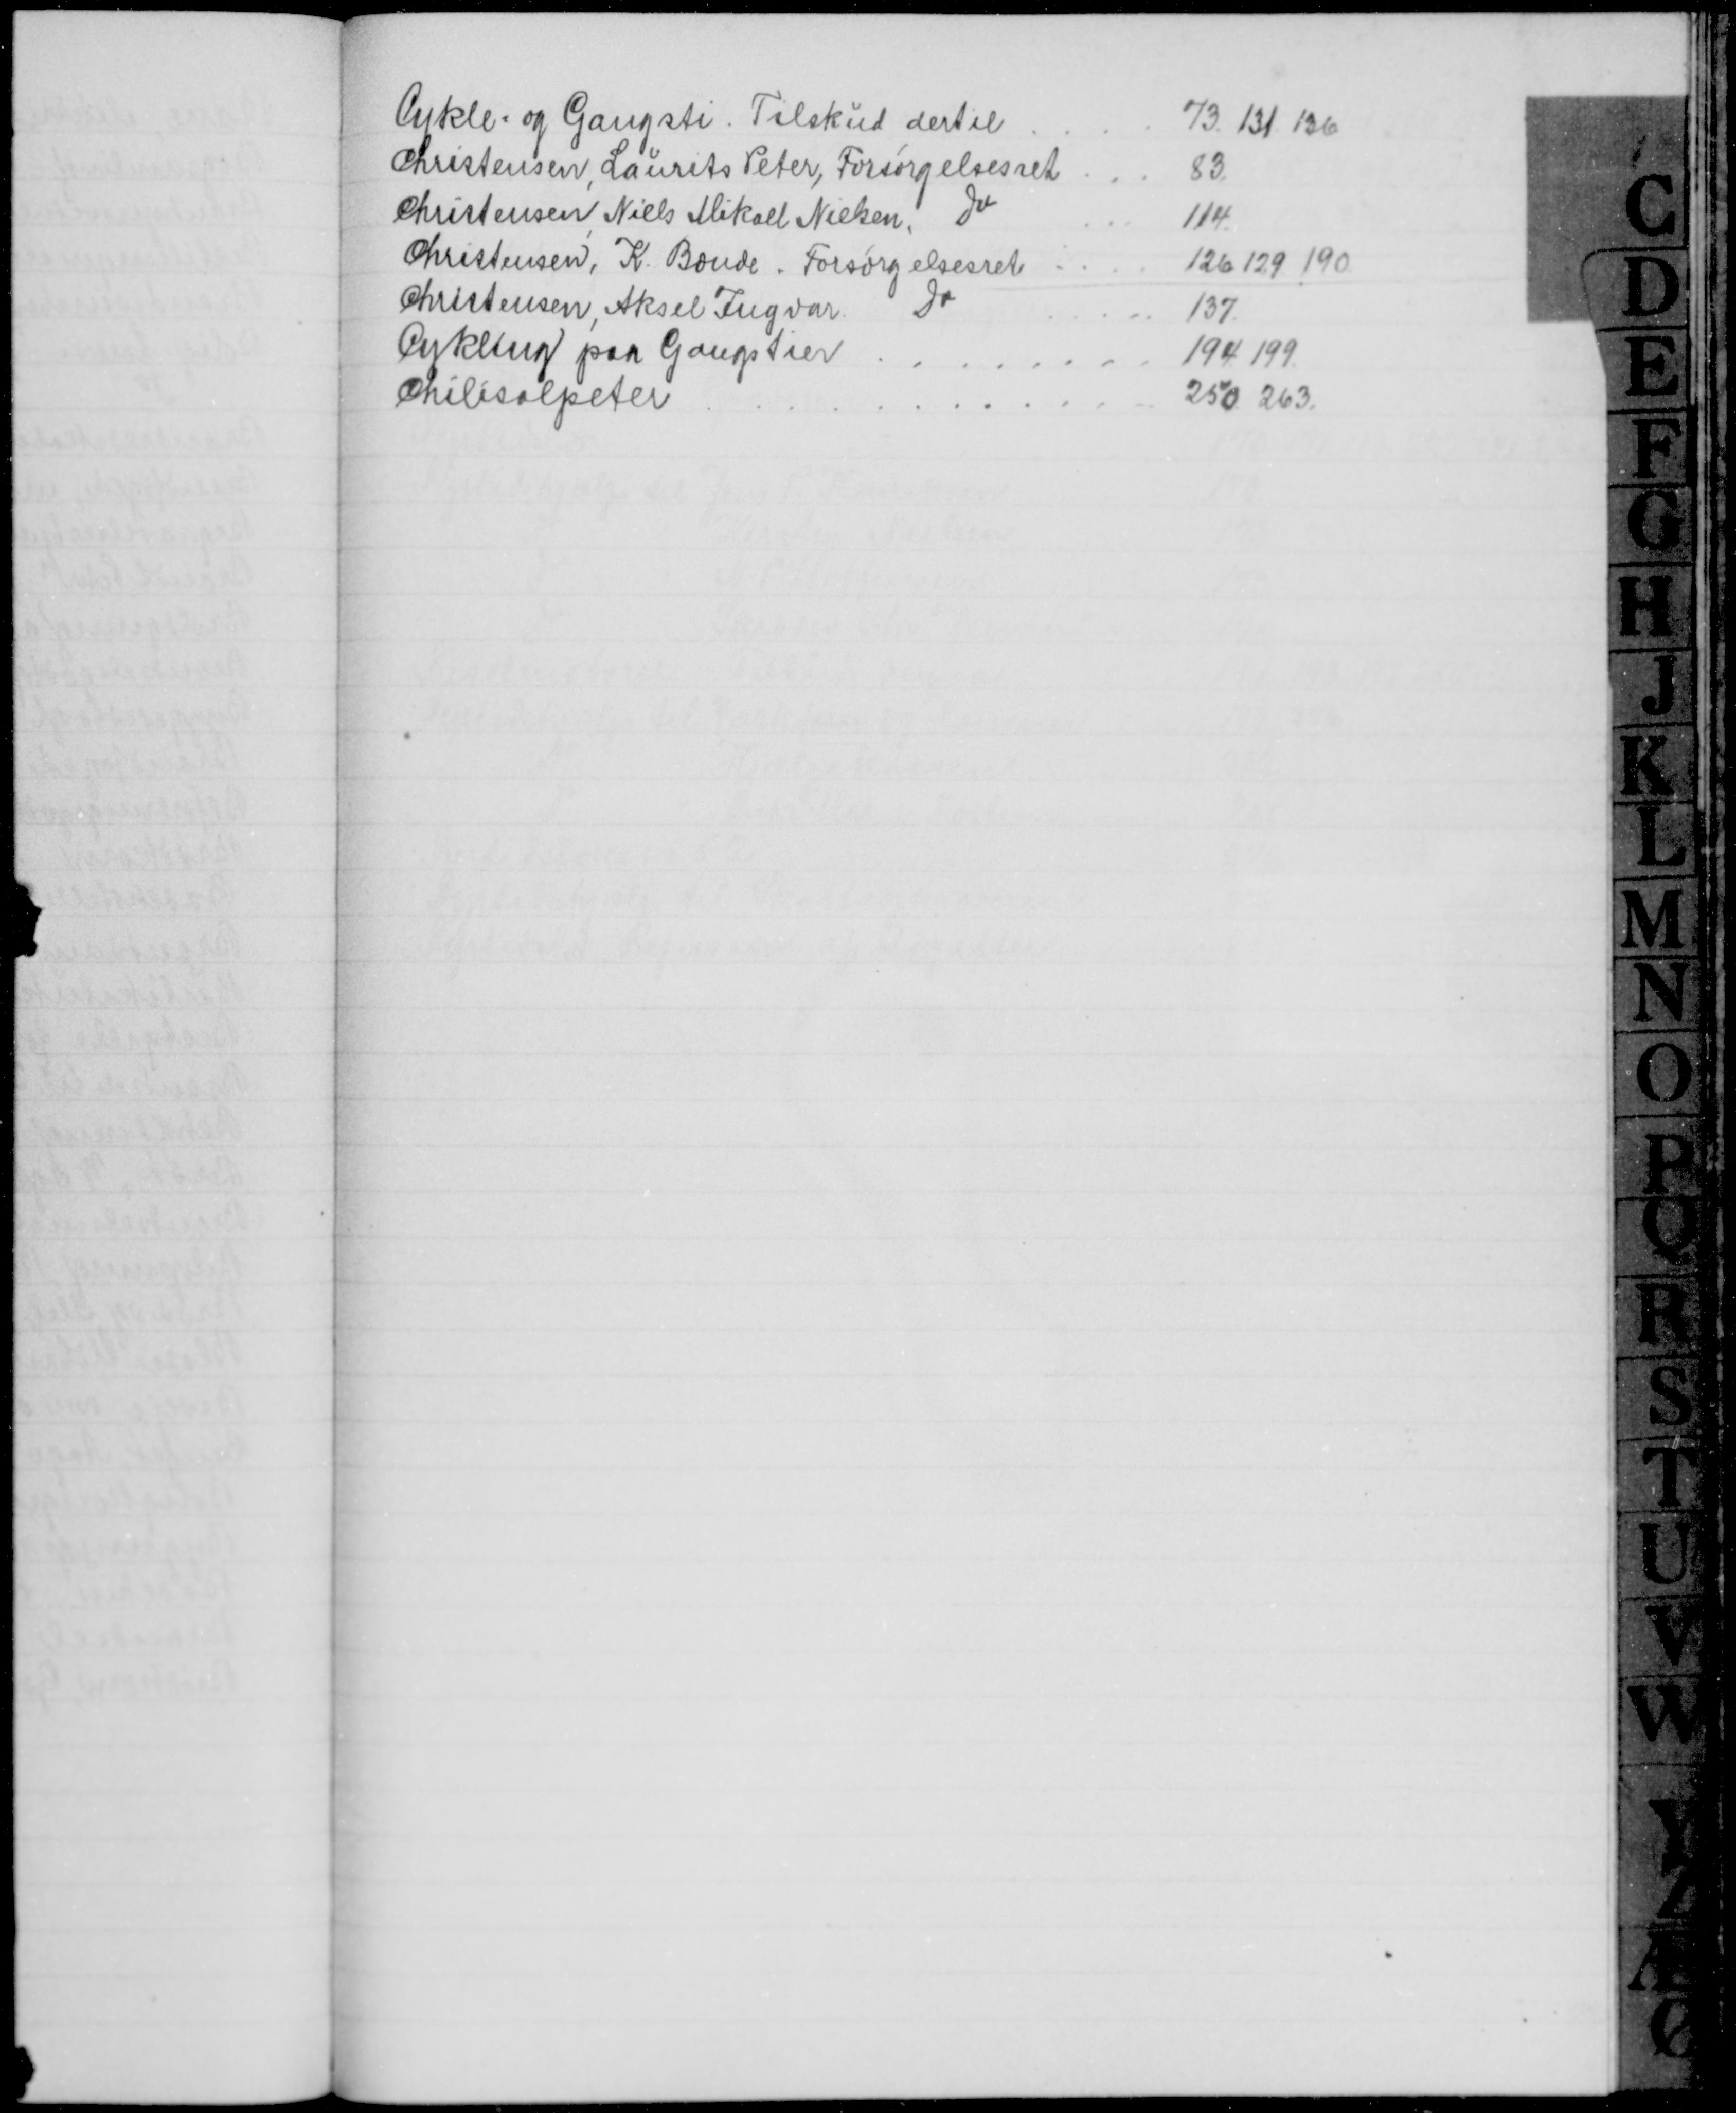
Transskription:
Cykle- og Gangsti. Tilskud dertil
73. 131. 136
Christensen, Laurits Peter, Forsørgelsesret
83
Christensen Niels Mikael Nielsen, Do
114.
Christensen, K. Bonde. Forsørgelsesret
126. 129. 190
Christensen, Aksel Ingvar
Do
137
Cykling paa Gangstier
194. 199
Chilesalpeter
250. 263.